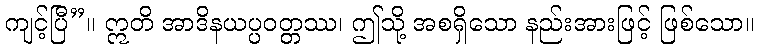
ကျင့်ပြီ”။ ဣတိ အာဒိနယပ္ပဝတ္တဿ၊ ဤသို့ အစရှိသော နည်းအားဖြင့် ဖြစ်သော။